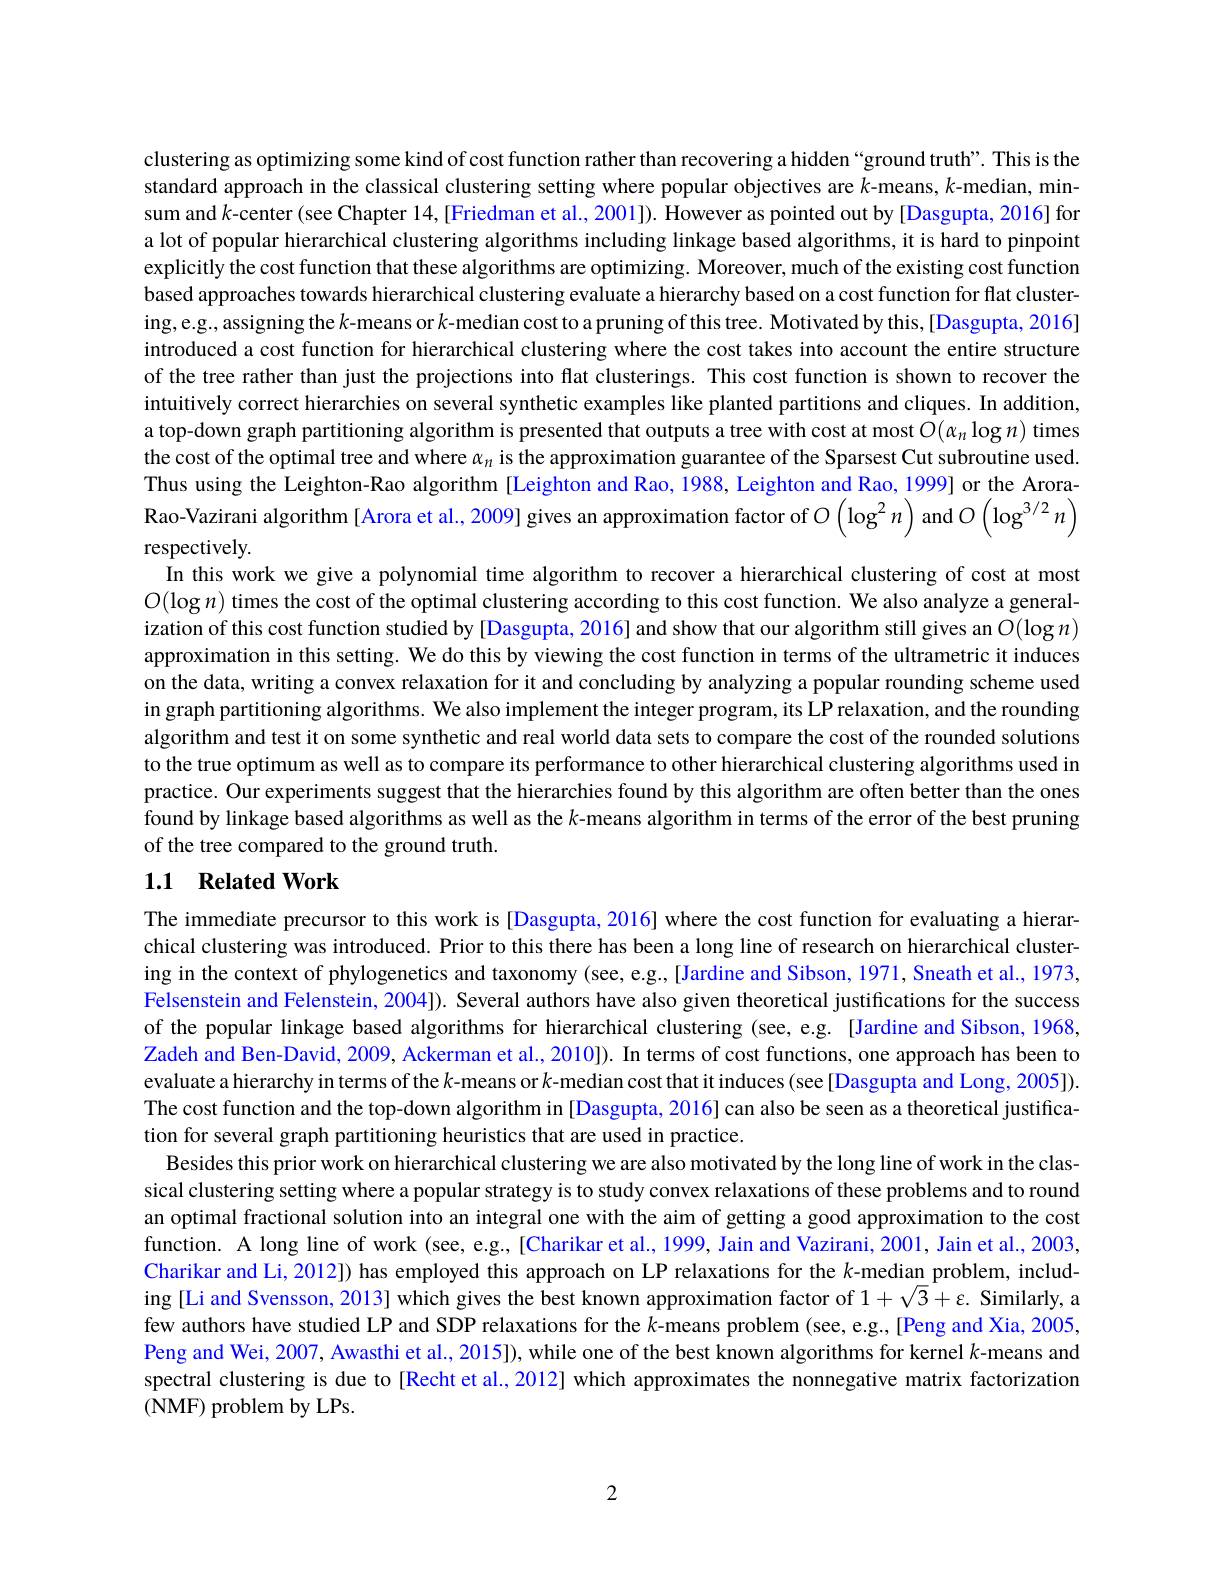
clustering as optimizing some kind of cost function rather than recovering a hidden “ground truth”. This is the standard approach in the classical clustering setting where popular objectives are $k$-means, $k$-median, minsum and $k$-center (see Chapter 14,[Friedman et al., 2001]). However as pointed out by [Dasgupta, 2016] for a lot of popular hierarchical clustering algorithms including linkage based algorithms, it is hard to pinpoint explicitly the cost function that these algorithms are optimizing. Moreover, much of the existing cost function based approaches towards hierarchical clustering evaluate a hierarchy based on a cost function for flat clustering,e.g., assigning the $k$-means or $k$-median cost to a pruning of this tree. Motivated by this, [Dasgupta, 2016] introduced a cost function for hierarchical clustering where the cost takes into account the entire structure of the tree rather than just the projections into flat clusterings. This cost function is shown to recover the intuitively correct hierarchies on several synthetic examples like planted partitions and cliques. In addition, a top-down graph partitioning algorithm is presented that outputs a tree with cost at most $O(\alpha_n\log n)$ times the cost of the optimal tree and where $\alpha_n$ is the approximation guarantee of the Sparsest Cut subroutine used. Thus using the Leighton-Rao algorithm [Leighton and Rao, 1988, Leighton and Rao, 1999] or the AroraRao-Vazirani algorithm [Arora et al., 2009] gives an approximation factor of $O\left(\log^2n\right)$ and $O\left(\log^{3/2}n\right)$ respectively.
In this work we give a polynomial time algorithm to recover a hierarchical clustering of cost at most $O(\log n)$ times the cost of the optimal clustering according to this cost function. We also analyze a generalization of this cost function studied by [Dasgupta, 2016] and show that our algorithm still gives an $O(\log n)$ approximation in this setting. We do this by viewing the cost function in terms of the ultrametric it induces on the data, writing a convex relaxation for it and concluding by analyzing a popular rounding scheme used in graph partitioning algorithms. We also implement the integer program, its LP relaxation, and the rounding algorithm and test it on some synthetic and real world data sets to compare the cost of the rounded solutions to the true optimum as well as to compare its performance to other hierarchical clustering algorithms used in practice. Our experiments suggest that the hierarchies found by this algorithm are often better than the ones found by linkage based algorithms as well as the $k$-means algorithm in terms of the error of the best pruning of the tree compared to the ground truth.

## 1.1 Related Work

The immediate precursor to this work is [Dasgupta, 2016] where the cost function for evaluating a hierarchical clustering was introduced. Prior to this there has been a long line of research on hierarchical clustering in the context of phylogenetics and taxonomy (see, e.g.,[Jardine and Sibson, 1971, Sneath et al., 1973, Felsenstein and Felenstein, 2004]). Several authors have also given theoretical justifications for the success of the popular linkage based algorithms for hierarchical clustering (see, e.g. [Jardine and Sibson, 1968, Zadeh and Ben-David, 2009, Ackerman et al., 2010]). In terms of cost functions, one approach has been to evaluate a hierarchy in terms of the $k$-means or $k$-median cost that it induces (see[Dasgupta and Long, 2005]). The cost function and the top-down algorithm in [Dasgupta, 2016] can also be seen as a theoretical justification for several graph partitioning heuristics that are used in practice.
Besides this prior work on hierarchical clustering we are also motivated by the long line of work in the classical clustering setting where a popular strategy is to study convex relaxations of these problems and to round an optimal fractional solution into an integral one with the aim of getting a good approximation to the cost function. A long line of work (see, e.g., [Charikar et al., 1999, Jain and Vazirani, 2001, Jain et al., 2003, Charikar and Li, 2012]) has employed this approach on LP relaxations for the $k$-median problem, including [Li and Svensson, 2013] which gives the best known approximation factor of $1+\sqrt{3}+\varepsilon.$ Similarly, a few authors have studied LP and SDP relaxations for the $k$-means problem (see, e.g.,[Peng and Xia, 2005, Peng and Wei, 2007, Awasthi et al., 2015]), while one of the best known algorithms for kernel $k$-means and spectral clustering is due to [Recht et al., 2012] which approximates the nonnegative matrix factorization ( NMF) problem by LPs.

2